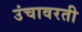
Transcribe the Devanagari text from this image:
उंचावरती